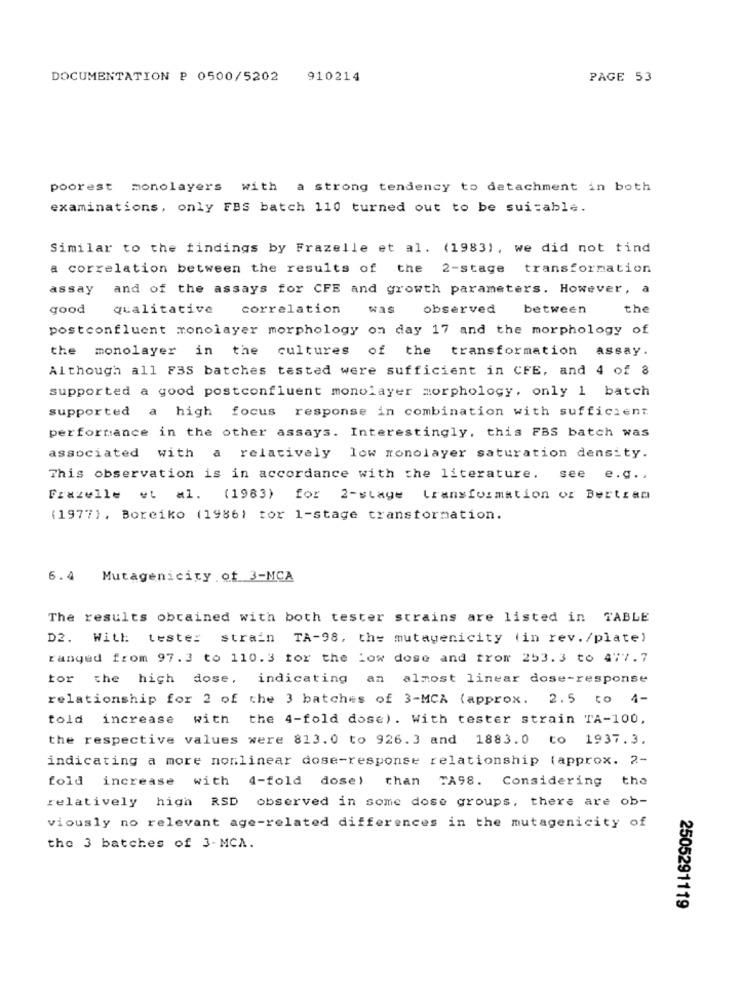
DOCUMENTATION P 0500/5202
910214
PAGE 53
poorest monolayers with a strong tendency to detachment in both
examinations, only FBS batch 110 turned out to be suitable.
Similar to the findings by Frazelle et al. (1983), we did not tind
a correlation between the results of the 2-stage transformation
assay
and of the assays for CFE and growth parameters. However, a
good
qualitative
correlation
was
observed
between
the
postconfluent monolayer morphology on day 17 and the morphology of
the monolayer in the cultures of the transformation assay.
Although all F3S batches tasted were sufficient in CFE, and 4 of 8
supported a good postconfluent monolayer morphology, only 1 batch
supported a high focus response in combination with sufficient
performance in the other assays. Interestingly, this FBS batch was
associated with a relatively low monolayer saturation density.
This observation is in accordance with the literature. see e.g .,
Frazelle et al. (1983) for 2-stage transformation of Bertram
(1977), Boreiko (1986) tor 1-stage transformation.
6.4 Mutagenicity of 3-MCA
The results obtained with both tester strains are listed in TABLE
D2. With tester strain TA-98, the mutagenicity (in rev. /plate)
ranged from 97.3 to 110.3 for the Low dose and trom 253.3 to 477.7
tor the high dose, indicating an almost linear dose-response
relationship for 2 of the 3 batches of 3-MCA (approx. 2.5 to 4-
told increase with the 4-fold dose). With tester strain TA-100,
the respective values were 813.0 to 926.3 and 1883.0 to 1937.3.
indicating a more nonlinear dose-response relationship (approx. 2-
fold increase with 4-fold dose) than TA98. Considering the
relatively high RSD observed in some dose groups, there are ob-
viously no relevant age-related differences in the mutagenicity of
the 3 batches of 3-MCA.
2505291119